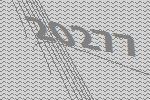
20277